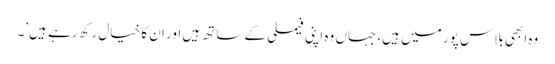
وہ ابھی بلاس پور میں ہیں، جہاں وہ اپنی فیملی کے ساتھ ہیں اور ان کا خیال رکھ رہے ہیں’۔